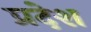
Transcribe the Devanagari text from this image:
प्रदेश